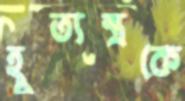
হূত্যন্ত্রকে